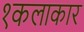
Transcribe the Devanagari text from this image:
१कलाकार